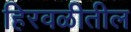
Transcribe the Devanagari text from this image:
हिरवळीतील